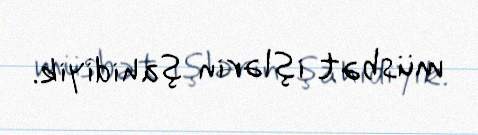
müsbət işlərin şahidiyik.